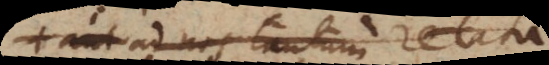
vel ad nos tantum relata